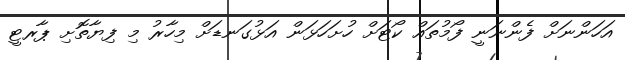
އަހަންނަށް ފެންނަނީ ފޯމުތައް ކޯޓަށް ހުށަހަޅަން އަޅުގަނޑަށް މިހާރު މި ފިޔާތޮށި ޕާރޓީ